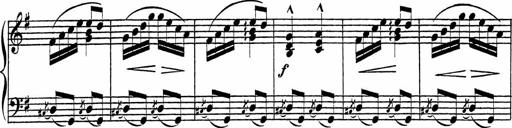
Title: Piano Sonatinas
Composer: Charles Fradel